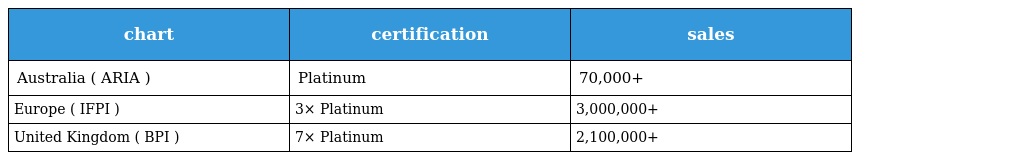
| chart | certification | sales |
 | --- | --- | --- |
 | Australia ( ARIA ) | Platinum | 70,000+ |
 | Europe ( IFPI ) | 3× Platinum | 3,000,000+ |
 | United Kingdom ( BPI ) | 7× Platinum | 2,100,000+ |